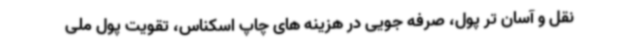
نقل و آسان تر پول، صرفه جویی در هزینه های چاپ اسکناس، تقویت پول ملی